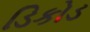
ડિકોડ